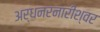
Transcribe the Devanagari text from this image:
अर्धनरनारीश्वर